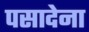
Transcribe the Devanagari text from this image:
पसादेना